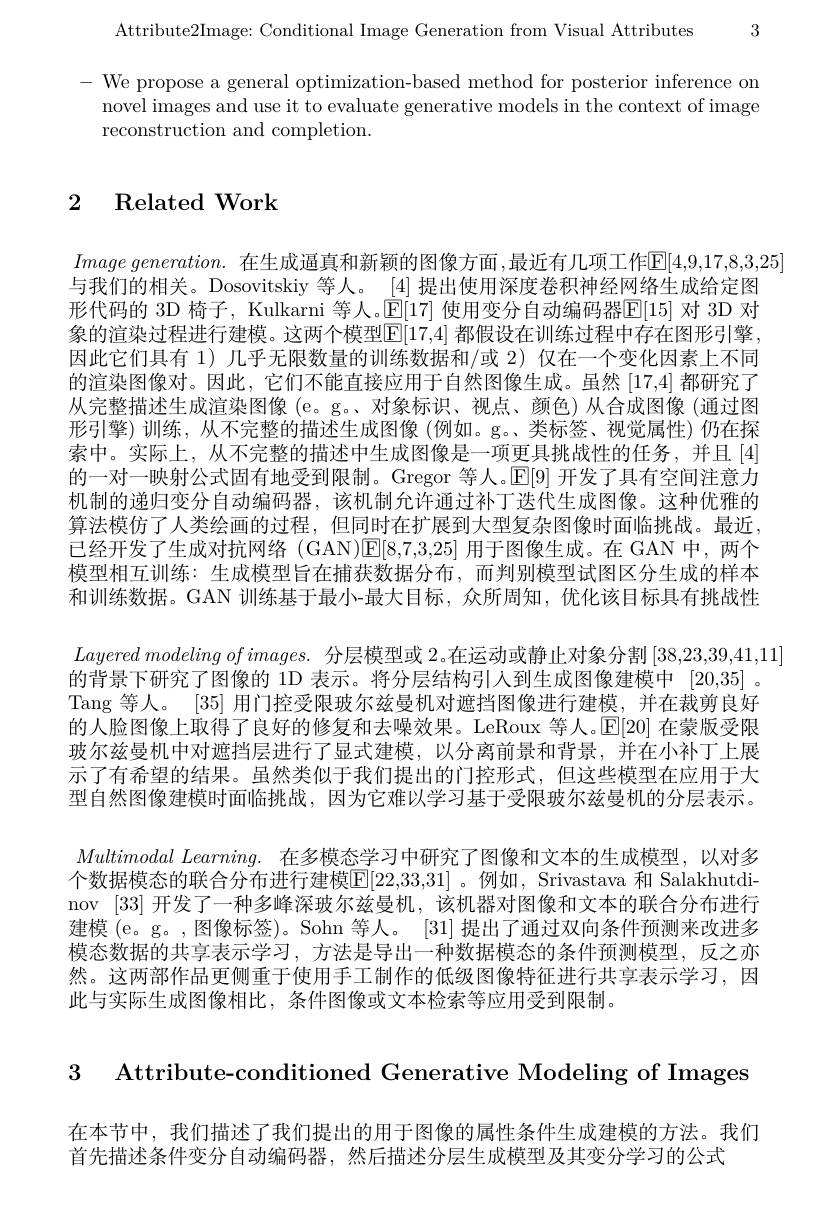
Attribute2Image: Conditional Image Generation from Visual Attributes 3

- We propose a general optimization-based method for posterior inference on
novel images and use it to evaluate generative models in the context of image
reconstruction and completion.

# 2 Related Work

$Image\textit{ generation. 在 生 成 逼 真 和 新 颖 的 图 像 方 面 }$,最近有几项工作$\mathbb{E}[4,9,17,8,3,25]$
与我们的相关。Dosovitskiy 等人。[4]提出使用深度卷积神经网络生成给定图形代码的 3D 椅子，Kulkarni 等人。$\bar{\mathbb{E}}[17]$ 使用变分自动编码器$\overline{\mathbb{E}}[15]$ 对 3D 对象的渲染过程进行建模。这两个模型$\mathbb{E}[17,4]$ 都假设在训练过程中存在图形引擎， 因此它们具有 1) 几乎无限数量的训练数据和/或 2) 仅在一个变化因素上不同的渲染图像对。因此，它们不能直接应用于自然图像生成。虽然[17,4]都研究了从完整描述生成渲染图像 (e。g。、对象标识、视点、颜色) 从合成图像 (通过图形引擎)训练，从不完整的描述生成图像(例如。g。类标签、视觉属性)仍在探索中。实际上，从不完整的描述中生成图像是一项更具挑战性的任务，并且[4] 的一对一映射公式固有地受到限制。Gregor 等人。E[9] 开发了具有空间注意力机制的递归变分自动编码器，该机制允许通过补丁迭代生成图像。这种优雅的算法模仿了人类绘画的过程，但同时在扩展到大型复杂图像时面临挑战。最近. 已经开发了生成对抗网络 (GAN)$\mathbb{E}[8,7,3,25]$用于图像生成。在 GAN 中，两个模型相互训练：生成模型旨在捕获数据分布，而判别模型试图区分生成的样本和训练数据。GAN 训练基于最小-最大目标，众所周知，优化该目标具有挑战性$Layered~modeling~of~images.~$分层模型或 2。在运动或静止对象分割[38,23,39,41,11]
的背景下研究了图像的 1D 表示。将分层结构引人到生成图像建模中 [20,35] 。Tang 等人。[35]用门控受限玻尔兹曼机对遮挡图像进行建模，并在裁剪良好的人脸图像上取得了良好的修复和去噪效果。LeRoux 等人。$\mathbb{E}[20]$在蒙版受限玻尔兹曼机中对遮挡层进行了显式建模，以分离前景和背景，并在小补丁上展示了有希望的结果。虽然类似于我们提出的门控形式，但这些模型在应用于大型自然图像建模时面临挑战，因为它难以学习基于受限玻尔兹曼机的分层表示。$Multimodal\textit{ Learning. 在 多 模 态 学 习 中 研 究 了 图 像 和 文 本 的 生 成 模 型 , 以 对 多 }$ 个数据模态的联合分布进行建模$\boxed{\mathbb{E}}[22,33,31]$ 。例如，Srivastava 和 Salakhutdinov [33]开发了一种多峰深玻尔兹曼机，该机器对图像和文本的联合分布进行建模 (e。g。,图像标签)。Sohn 等人。[31] 提出了通过双向条件预测来改进多模态数据的共享表示学习，方法是导出一种数据模态的条件预测模型，反之亦然。这两部作品更侧重于使用手工制作的低级图像特征进行共享表示学习，因此与实际生成图像相比，条件图像或文本检索等应用受到限制。

3 Attribute-conditioned Generative Modeling of Images

在本节中，我们描述了我们提出的用于图像的属性条件生成建模的方法。我们
首先描述条件变分自动编码器，然后描述分层生成模型及其变分学习的公式